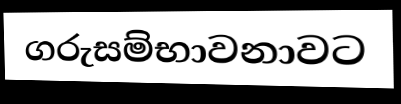
ගරුසම්භාවනාවට